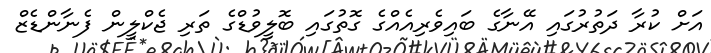
އަށް ކުރާ ދަތުރުގައި އޭނާގެ ބައިވެރިއެއްގެ ގޮތުގައި ބޮލީވުޑްގެ ތަރި ޖެކްލީން ފެނާންޑެޒް